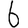
Digit: 6